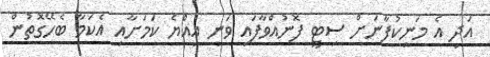
އަދި އެ މަނިކުފާނަށް ސިޓީ ފޮނުއްވާފައި ވަނީ އިއްޔެ ކަމަށާއި އެކަމާ ބެހޭގޮތުން